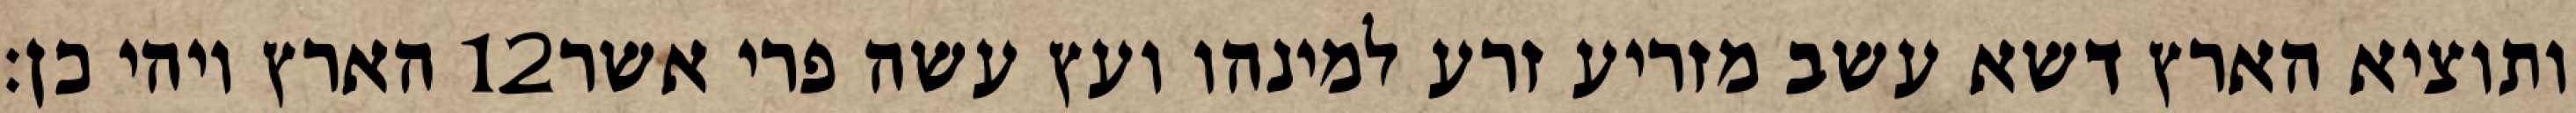
הארץ ויהי כן׃ ‎12‏ ותוציא הארץ דשא עשב מזריע זרע למינהו ועץ עשה פרי אשר